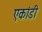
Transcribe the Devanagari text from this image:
एकांडी